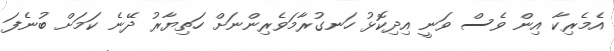
އެމެރިކާ އިން ވެސް ވަނީ އިދިކޮޅު ހަނގުރާމަވެރިންނަށް ހަތިޔާރު ދޭނެ ކަމަށް ބުނެފަ